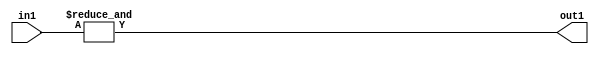
`timescale 1ps / 1ps
/*****************************************************************************
    Verilog RTL Description
    
    
    Created by: Stratus DpOpt 2019.1.01 
*******************************************************************************/

module st_weight_addr_gen_AndReduction_2S_1U_1 (
	in1,
	out1
	); /* architecture "behavioural" */ 
input [1:0] in1;
output  out1;
wire  asc001;

assign asc001 = 
	(&in1);

assign out1 = asc001;
endmodule

/* CADENCE  urfxQwo= : u9/ySgnWtBlWxVPRXgAZ4Og= ** DO NOT EDIT THIS LINE ******/